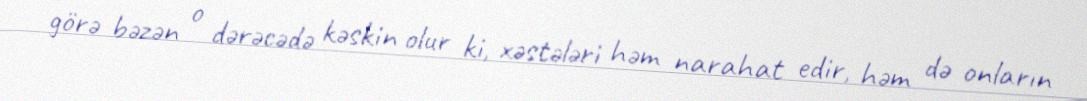
görə bəzən o dərəcədə kəskin olur ki, xəstələri həm narahat edir, həm də onların